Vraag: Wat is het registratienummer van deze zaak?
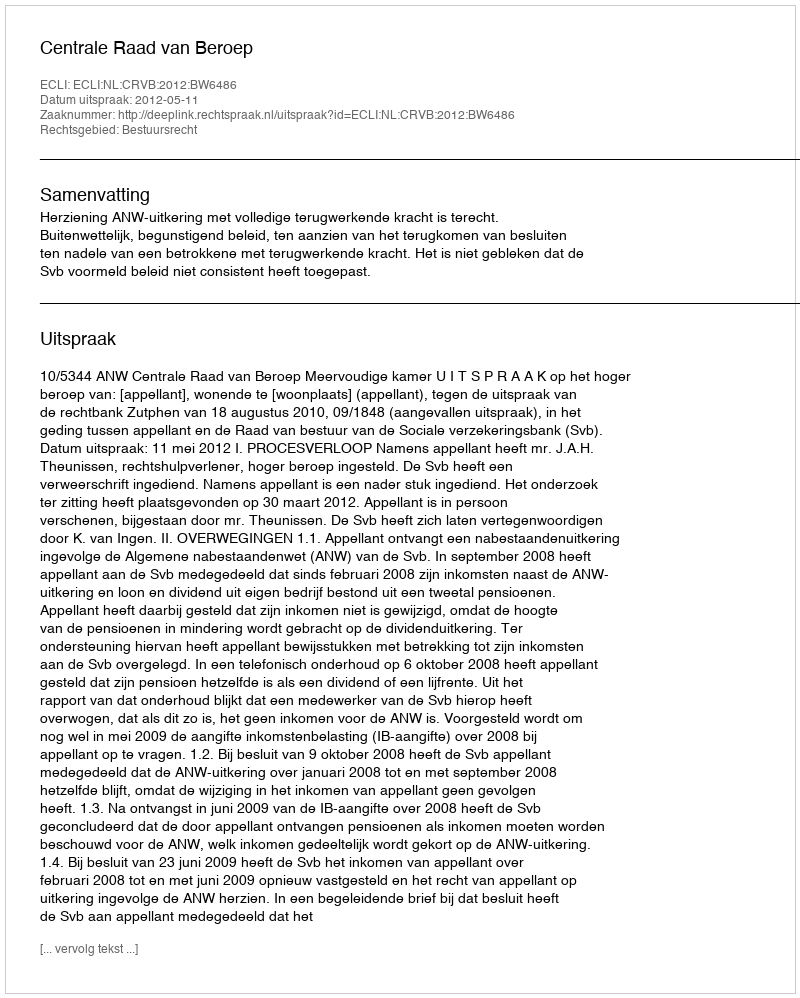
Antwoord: http://deeplink.rechtspraak.nl/uitspraak?id=ECLI:NL:CRVB:2012:BW6486